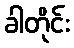
ခါတိုင်း